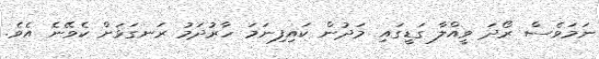
ނަމަވެސް ރޯދަ ވީއްލާ ގަޑީގައި މަދުން ކައިފިނަމަ ހާރުދަމު ރަނގަޅަށް ކެވޭނެ އެވެ.